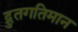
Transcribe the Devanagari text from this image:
द्रुतगतिमान